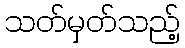
သတ်မှတ်သည့်